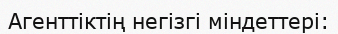
Агенттіктің негізгі міндеттері: